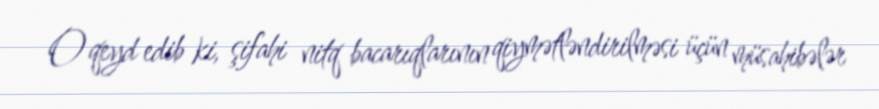
O qeyd edib ki, şifahi nitq bacarıqlarının qiymətləndirilməsi üçün müsahibələr